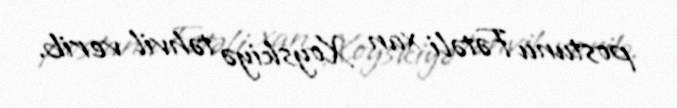
postunu Fətəli xan Xoyskiyə təhvil verib.